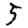
Digit: 5